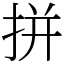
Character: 拼